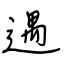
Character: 遇